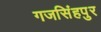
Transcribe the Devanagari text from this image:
गजसिंहपुर